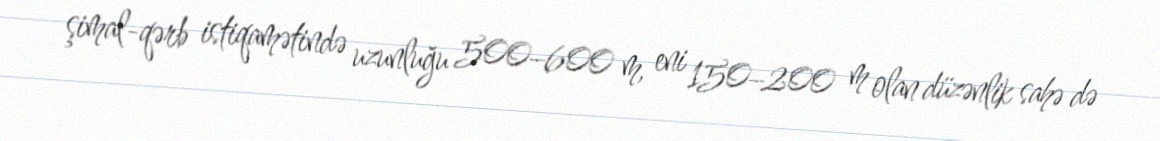
şimal-qərb istiqamətində uzunluğu 500–600 m, eni 150–200 m olan düzənlik sahə də